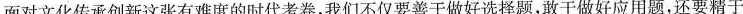
面对文化传承创新这张有难度的时代考卷，我们不仅要善于做好选择题，敢于做好应用题，还要精于